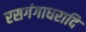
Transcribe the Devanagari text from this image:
रसगंगाधरादि